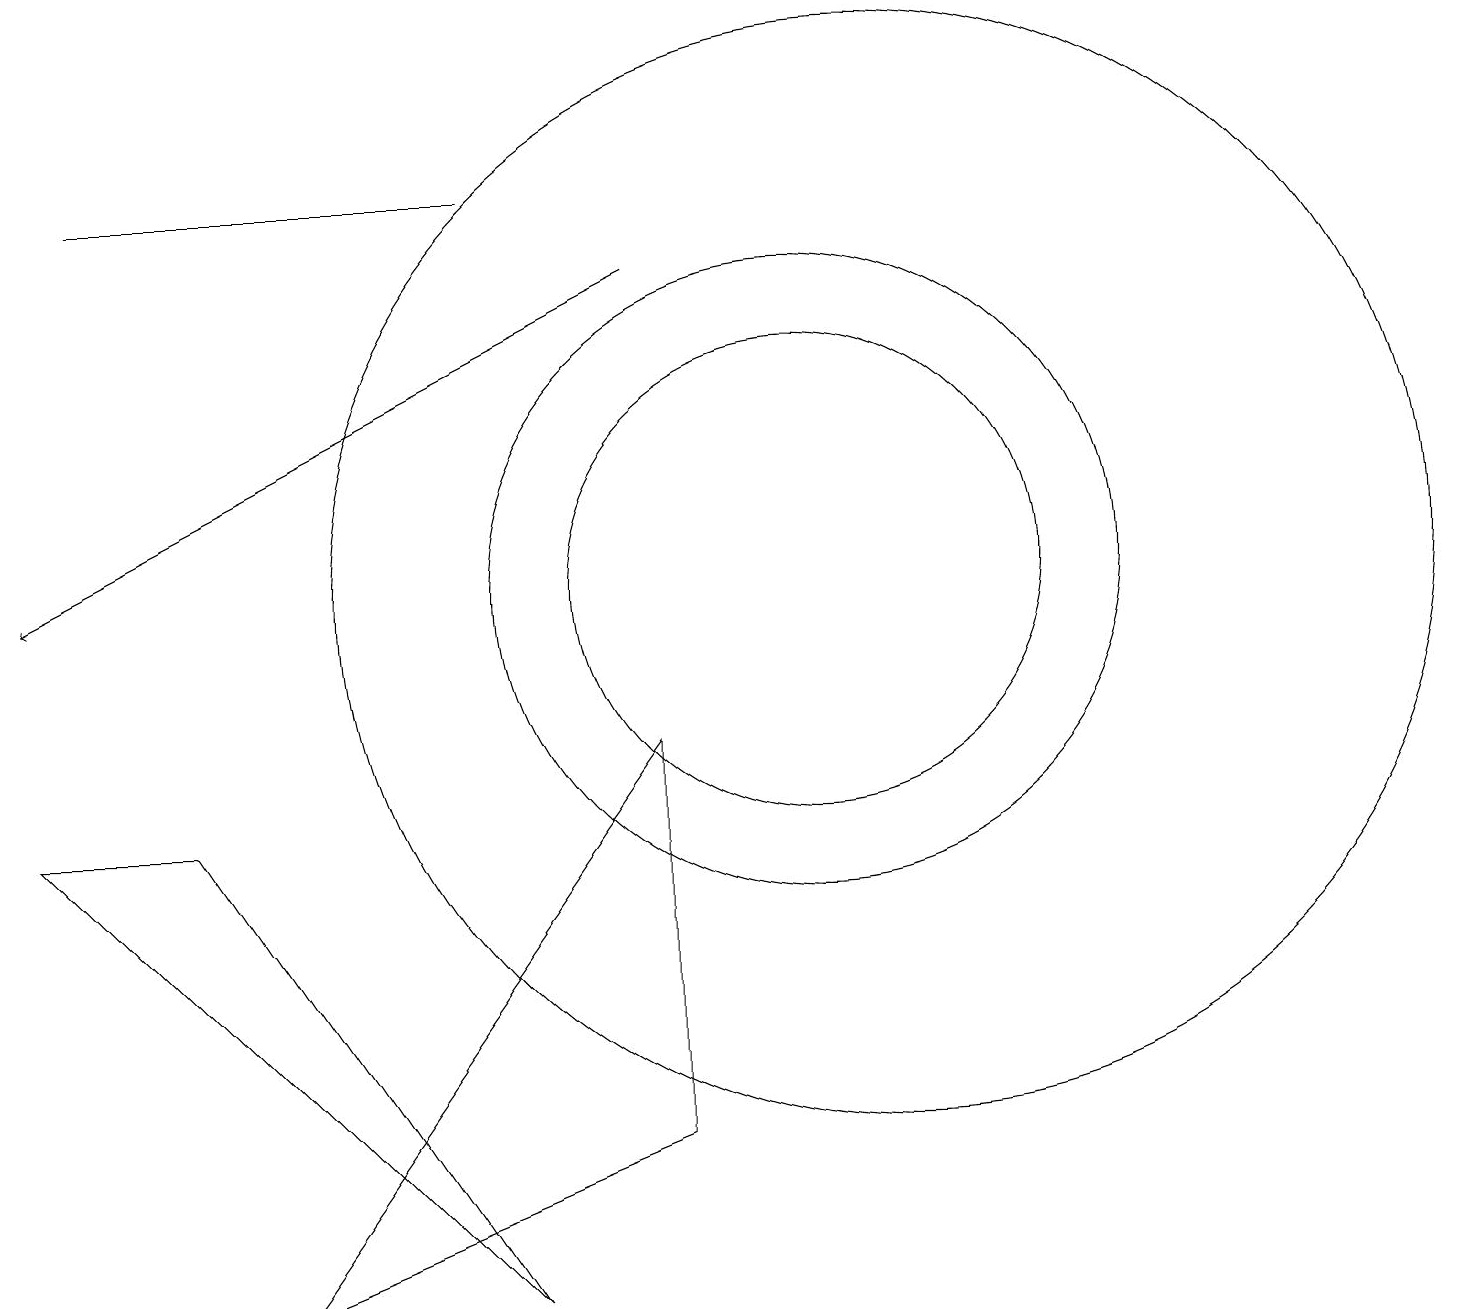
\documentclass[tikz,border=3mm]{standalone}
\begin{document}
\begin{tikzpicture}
\draw (1,16) rectangle (6,16);
\draw (11,11) circle (7);
\draw[->] (8,15) -- (0,11);
\draw (10,11) circle (3);
\draw (10,11) circle (4);
\draw (8,9) -- (3,2) -- (8,4) -- cycle;
\draw (6,2) -- (2,8) -- (0,8) -- cycle;
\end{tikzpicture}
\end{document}